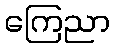
ကြေညာ